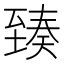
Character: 𦥇